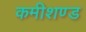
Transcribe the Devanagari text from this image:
कमीशण्ड